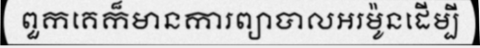
ពួកគេក៏មានការព្យាបាលអរម៉ូនដើម្បី